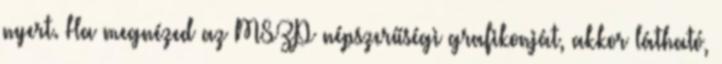
nyert. Ha megnézed az MSZP népszerűségi grafikonját, akkor látható,